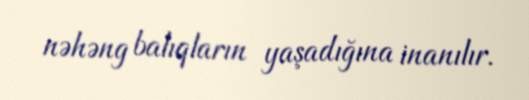
nəhəng balıqların yaşadığına inanılır.